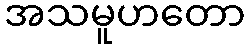
အသမူဟတော